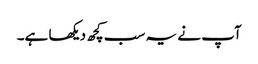
آپ نے یہ سب کچھ دیکھا ہے۔